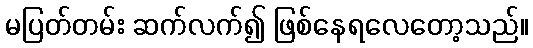
မပြတ်တမ်း ဆက်လက်၍ ဖြစ်နေရလေတော့သည်။